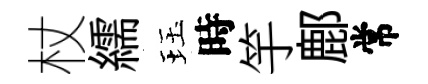
杖繻珏時竽鄜常